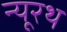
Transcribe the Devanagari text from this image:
न्यूरथ